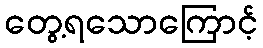
တွေ့ရသောကြောင့်